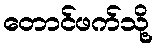
တောင်ဖက်သို့